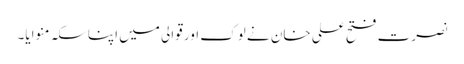
نصرت فتح علی خان نے لوک اور قوالی میں اپنا سکہ منوایا۔